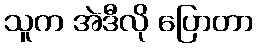
သူက အဲဒီလို ပြောတာ